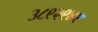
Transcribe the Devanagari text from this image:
३८९२९४९